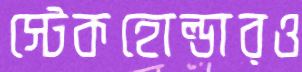
স্টেকহোল্ডারও